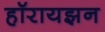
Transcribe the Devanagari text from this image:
हॉरायझन